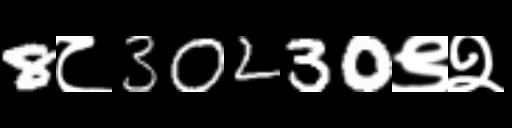
Text: 8८30230९२